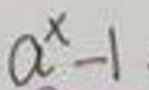
$a^{x}-1$